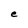
Character: e